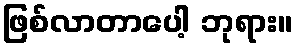
ဖြစ်လာတာပေါ့ ဘုရား။